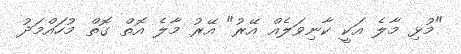
"މުޅި މާލެ އަކީ ކާނިވަލެއް އޭރު" އޭރު މާލެ އޮތް ގޮތް މުހައްމަދު